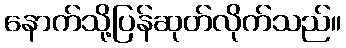
နောက်သို့ပြန်ဆုတ်လိုက်သည်။